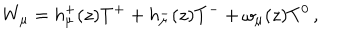
LaTeX: W _ { \mu } = h _ { \mu } ^ { + } ( z ) T ^ { + } + h _ { \mu } ^ { - } ( z ) T ^ { - } + \omega _ { \mu } ( z ) T ^ { 0 } \, ,